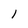
Character: 1